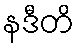
နဒီတိ